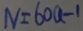
N = 6 0 a - 1